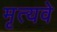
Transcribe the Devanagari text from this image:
मृत्यवे